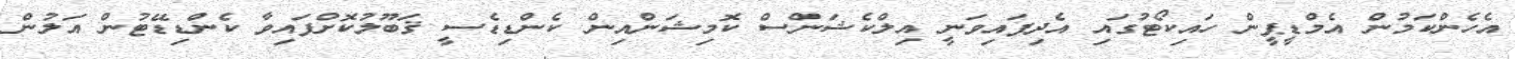
އެހެންކަމުން އެމްޑީޕީން ހައިކޯޓުގައި އެދިފައިވަނީ އިލްކެޝަންސް ކޮމިޝަންއިން ކެންޑިޑެސީ ޤަބޫލުކޮށްފައިވާ ކެންޑިޑޭޓުން އަލުން